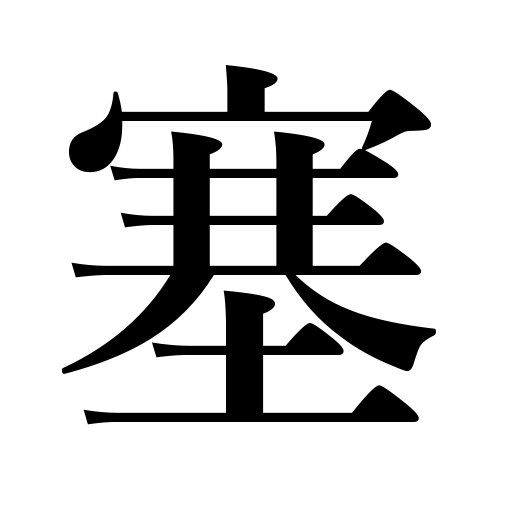
Meanings: be clogged,close,be obstructed,be blocked,fill,block,be occupied,cover,be shut,wall up obstruct,be closed,shut,occupy